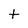
Character: t